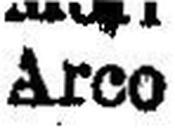
Arco